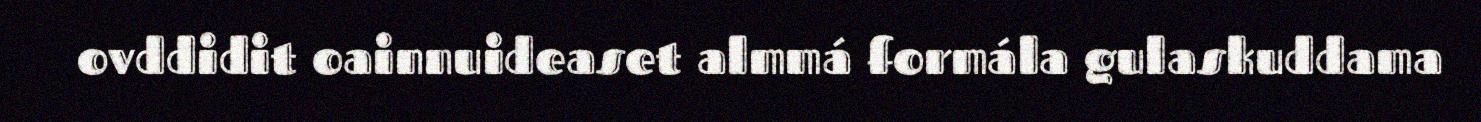
ovddidit oainnuideaset almmá formála gulaskuddama